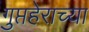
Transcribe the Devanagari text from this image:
गुप्तहेराच्या